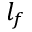
l _ { f }